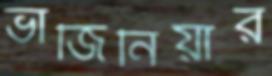
ভার্জিনিয়ার